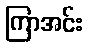
ကြာအင်း